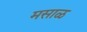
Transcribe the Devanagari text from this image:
मसाळ